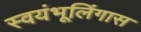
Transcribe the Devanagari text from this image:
स्वयंभूलिंगास